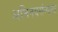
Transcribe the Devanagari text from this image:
अभिनयसंन्यास